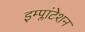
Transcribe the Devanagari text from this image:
इम्प्लांटेशन